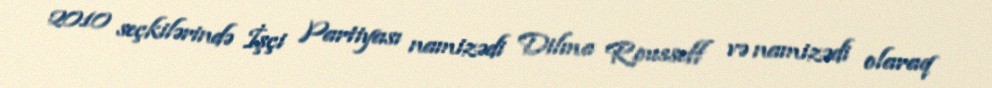
2010 seçkilərində İşçi Partiyası namizədi Dilma Rousseff və namizədi olaraq